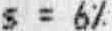
S = 6%